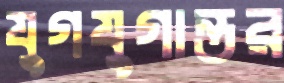
যুগযুগান্তর